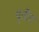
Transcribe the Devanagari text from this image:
पृतीत